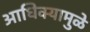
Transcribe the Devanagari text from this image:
आधिक्यामुळे